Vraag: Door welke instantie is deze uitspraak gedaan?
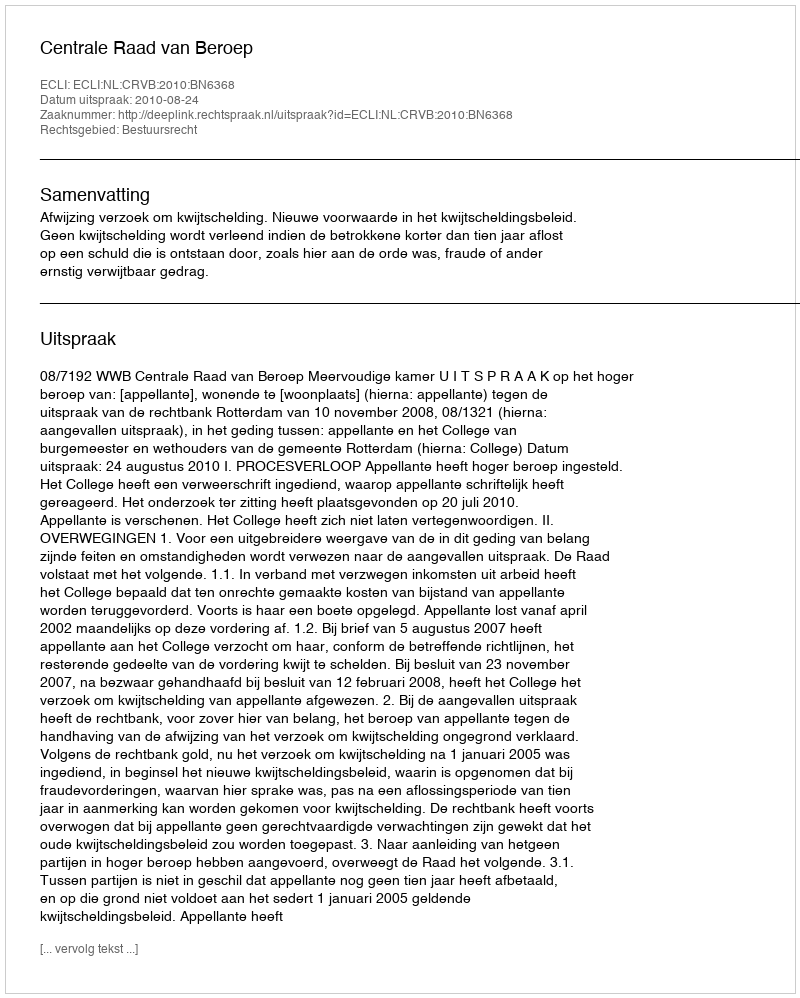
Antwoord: Centrale Raad van Beroep